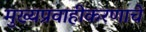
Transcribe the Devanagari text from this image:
मुख्यप्रवाहीकरणाचे